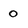
Character: O